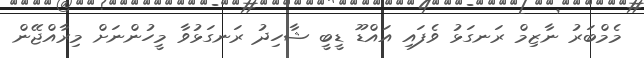
މެމްބަރު ނާޒިމް ރަނގަޅު ވެފައި އައްޑޫ ޑީބީ ޝާހިދު ރަނގަޅުވާ މީހުންނަށް މިރާއްޖޭން